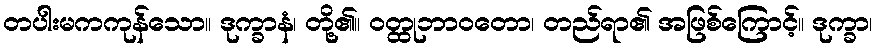
တပါးမကကုန်သော။ ဒုက္ခာနံ၊ တို့၏။ ဝတ္ထုဘာဝတော၊ တည်ရာ၏ အဖြစ်ကြောင့်။ ဒုက္ခာ၊